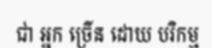
ជា អ្នក ច្រើន ដោយ បរិកម្ម